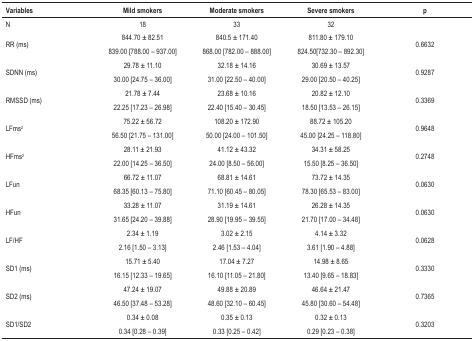
<table><thead><tr><td><b>Variables</b></td><td><b>Mild smokers</b></td><td><b>Moderate smokers</b></td><td><b>Severe smokers</b></td><td><b>p</b></td></tr></thead><tbody><tr><td>N</td><td>18</td><td>33</td><td>32</td><td> </td></tr><tr><td rowspan="2">RR (ms)</td><td>844.70 ± 82.51</td><td>840.5 ± 171.40</td><td>811.80 ± 179.10</td><td rowspan="2">0.6632</td></tr><tr><td>839.00 [788.00 – 937.00]</td><td>868.00 [782.00 – 888.00]</td><td>824.50[732.30 – 892.30]</td></tr><tr><td rowspan="2">SDNN (ms)</td><td>29.78 ± 11.10</td><td>32.18 ± 14.16</td><td>30.69 ± 13.57</td><td rowspan="2">0.9287</td></tr><tr><td>30.00 [24.75 – 36.00]</td><td>31.00 [22.50 – 40.00]</td><td>29.00 [20.50 – 40.25]</td></tr><tr><td rowspan="2">RMSSD (ms)</td><td>21.78 ± 7.44</td><td>23.68 ± 10.16</td><td>20.82 ± 12.10</td><td rowspan="2">0.3369</td></tr><tr><td>22.25 [17.23 – 26.98]</td><td>22.40 [15.40 – 30.45]</td><td>18.50 [13.53 – 26.15]</td></tr><tr><td rowspan="2">LFms<sup>(2</sup></td><td>75.22 ± 56.72</td><td>108.20 ± 172.90</td><td>88.72 ± 105.20</td><td rowspan="2">0.9648</td></tr><tr><td>56.50 [21.75 – 131.00]</td><td>50.00 [24.00 – 101.50]</td><td>45.00 [24.25 – 118.80]</td></tr><tr><td rowspan="2">HFms<sup>2</sup></td><td>28.11 ± 21.93</td><td>41.12 ± 43.32</td><td>34.31 ± 58.25</td><td rowspan="2">0.2748</td></tr><tr><td>22.00 [14.25 – 36.50]</td><td>24.00 [8.50 – 56.00]</td><td>15.50 [8.25 – 36.50]</td></tr><tr><td rowspan="2">LFun</td><td>66.72 ± 11.07</td><td>68.81 ± 14.61</td><td>73.72 ± 14.35</td><td rowspan="2">0.0630</td></tr><tr><td>68.35 [60.13 – 75.80]</td><td>71.10 [60.45 – 80.05]</td><td>78.30 [65.53 – 83.00]</td></tr><tr><td rowspan="2">HFun</td><td>33.28 ± 11.07</td><td>31.19 ± 14.61</td><td>26.28 ± 14.35</td><td rowspan="2">0.0630</td></tr><tr><td>31.65 [24.20 – 39.88]</td><td>28.90 [19.95 – 39.55]</td><td>21.70 [17.00 – 34.48]</td></tr><tr><td rowspan="2">LF/HF</td><td>2.34 ± 1.19</td><td>3.02 ± 2.15</td><td>4.14 ± 3.32</td><td rowspan="2">0.0628</td></tr><tr><td>2.16 [1.50 – 3.13]</td><td>2.46 [1.53 – 4.04]</td><td>3.61 [1.90 – 4.88]</td></tr><tr><td rowspan="2">SD1 (ms)</td><td>15.71 ± 5.40</td><td>17.04 ± 7.27</td><td>14.98 ± 8.65</td><td rowspan="2">0.3330</td></tr><tr><td>16.15 [12.33 – 19.65]</td><td>16.10 [11.05 – 21.80]</td><td>13.40 [9.65 – 18.83]</td></tr><tr><td rowspan="2">SD2 (ms)</td><td>47.24 ± 19.07</td><td>49.88 ± 20.89</td><td>46.64 ± 21.47</td><td rowspan="2">0.7365</td></tr><tr><td>46.50 [37.48 – 53.28]</td><td>48.60 [32.10 – 60.45]</td><td>45.80 [30.60 – 54.48]</td></tr><tr><td rowspan="2">SD1/SD2</td><td>0.34 ± 0.08</td><td>0.35 ± 0.13</td><td>0.32 ± 0.13</td><td rowspan="2">0.3203</td></tr><tr><td>0.34 [0.28 – 0.39]</td><td>0.33 [0.25 – 0.42]</td><td>0.29 [0.23 – 0.38]</td></tr></tbody></table>